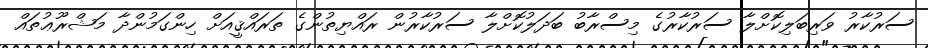
ސަރުކާރު ވަރިބަލިކޮށްލާ ސަރުކާރުގެ މިސްރާބު ބަދަލުކޮށްލާ ސަރުކާރުން ރައްޔިތުންގެ ތަރައްޤީއަށް ހިންގަމުންދާ މަޝްރޫޢުތައް